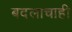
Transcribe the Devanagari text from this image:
बदलाचाही